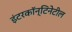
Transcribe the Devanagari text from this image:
इंटरकॉन्टिनेटील